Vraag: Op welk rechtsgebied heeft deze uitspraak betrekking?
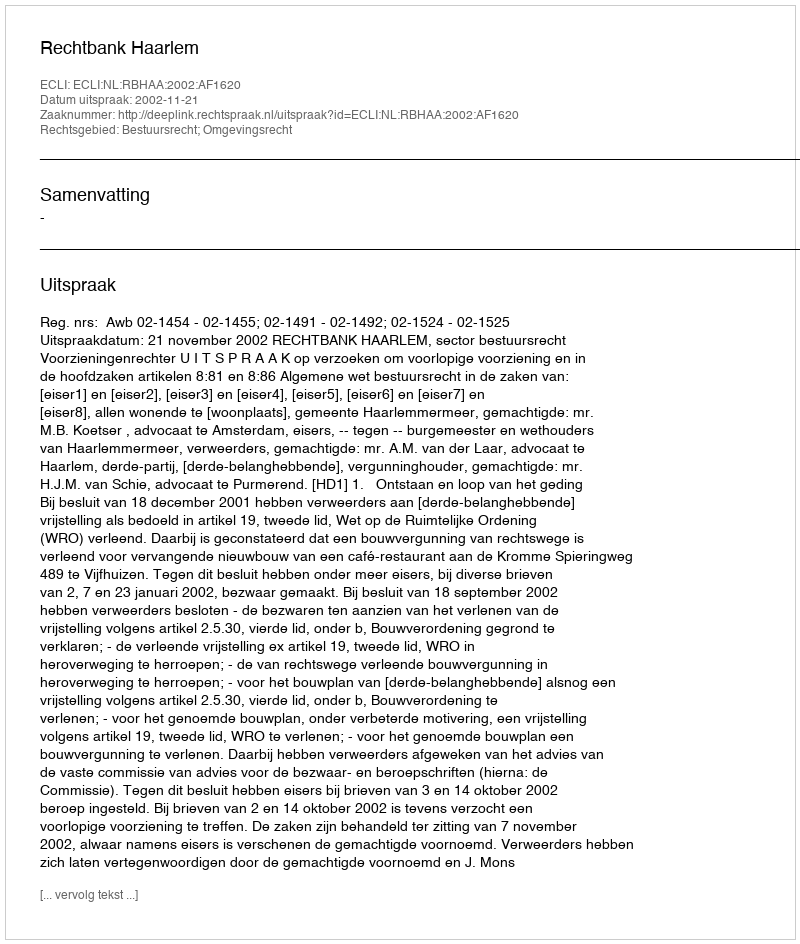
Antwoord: Bestuursrecht; Omgevingsrecht